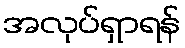
အလုပ်ရှာရန်